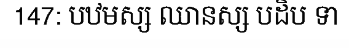
147: បឋមស្ស ឈានស្ស បដិប ទា